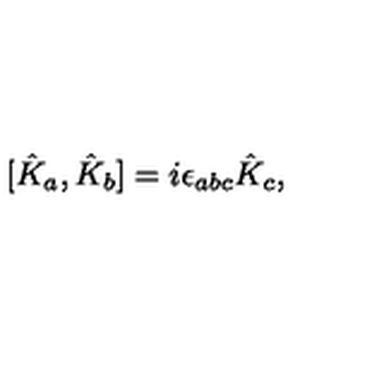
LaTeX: [ \hat { K } _ { a } , \hat { K } _ { b } ] = i \epsilon _ { a b c } \hat { K } _ { c } ,